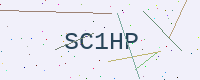
Text: SC1HP